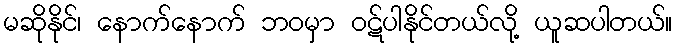
မဆိုနိုင်၊ နောက်နောက် ဘဝမှာ ဝဋ်ပါနိုင်တယ်လို့ ယူဆပါတယ်။